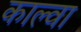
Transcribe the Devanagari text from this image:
काल्वा